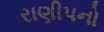
રાણીપનો